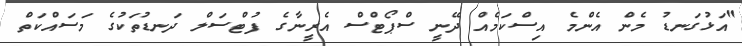
"އަޅުގަނޑު މެން އެންމެ އިސްކަމެއް ދޭނީ ސްޕޯޓްސް އެރީނާގެ ފުޓްސަލް ދަނޑުތަކުގެ މަސައްކަތް